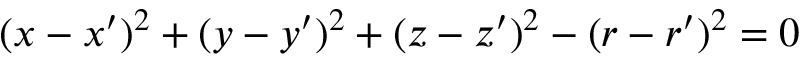
( x - x ^ { \prime } ) ^ { 2 } + ( y - y ^ { \prime } ) ^ { 2 } + ( z - z ^ { \prime } ) ^ { 2 } - ( r - r ^ { \prime } ) ^ { 2 } = 0